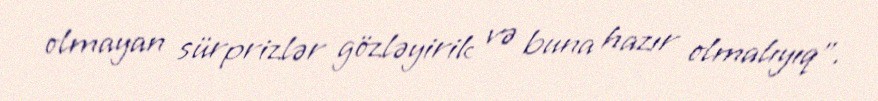
olmayan sürprizlər gözləyirik və buna hazır olmalıyıq".